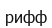
рифф